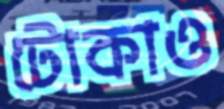
টোকাও